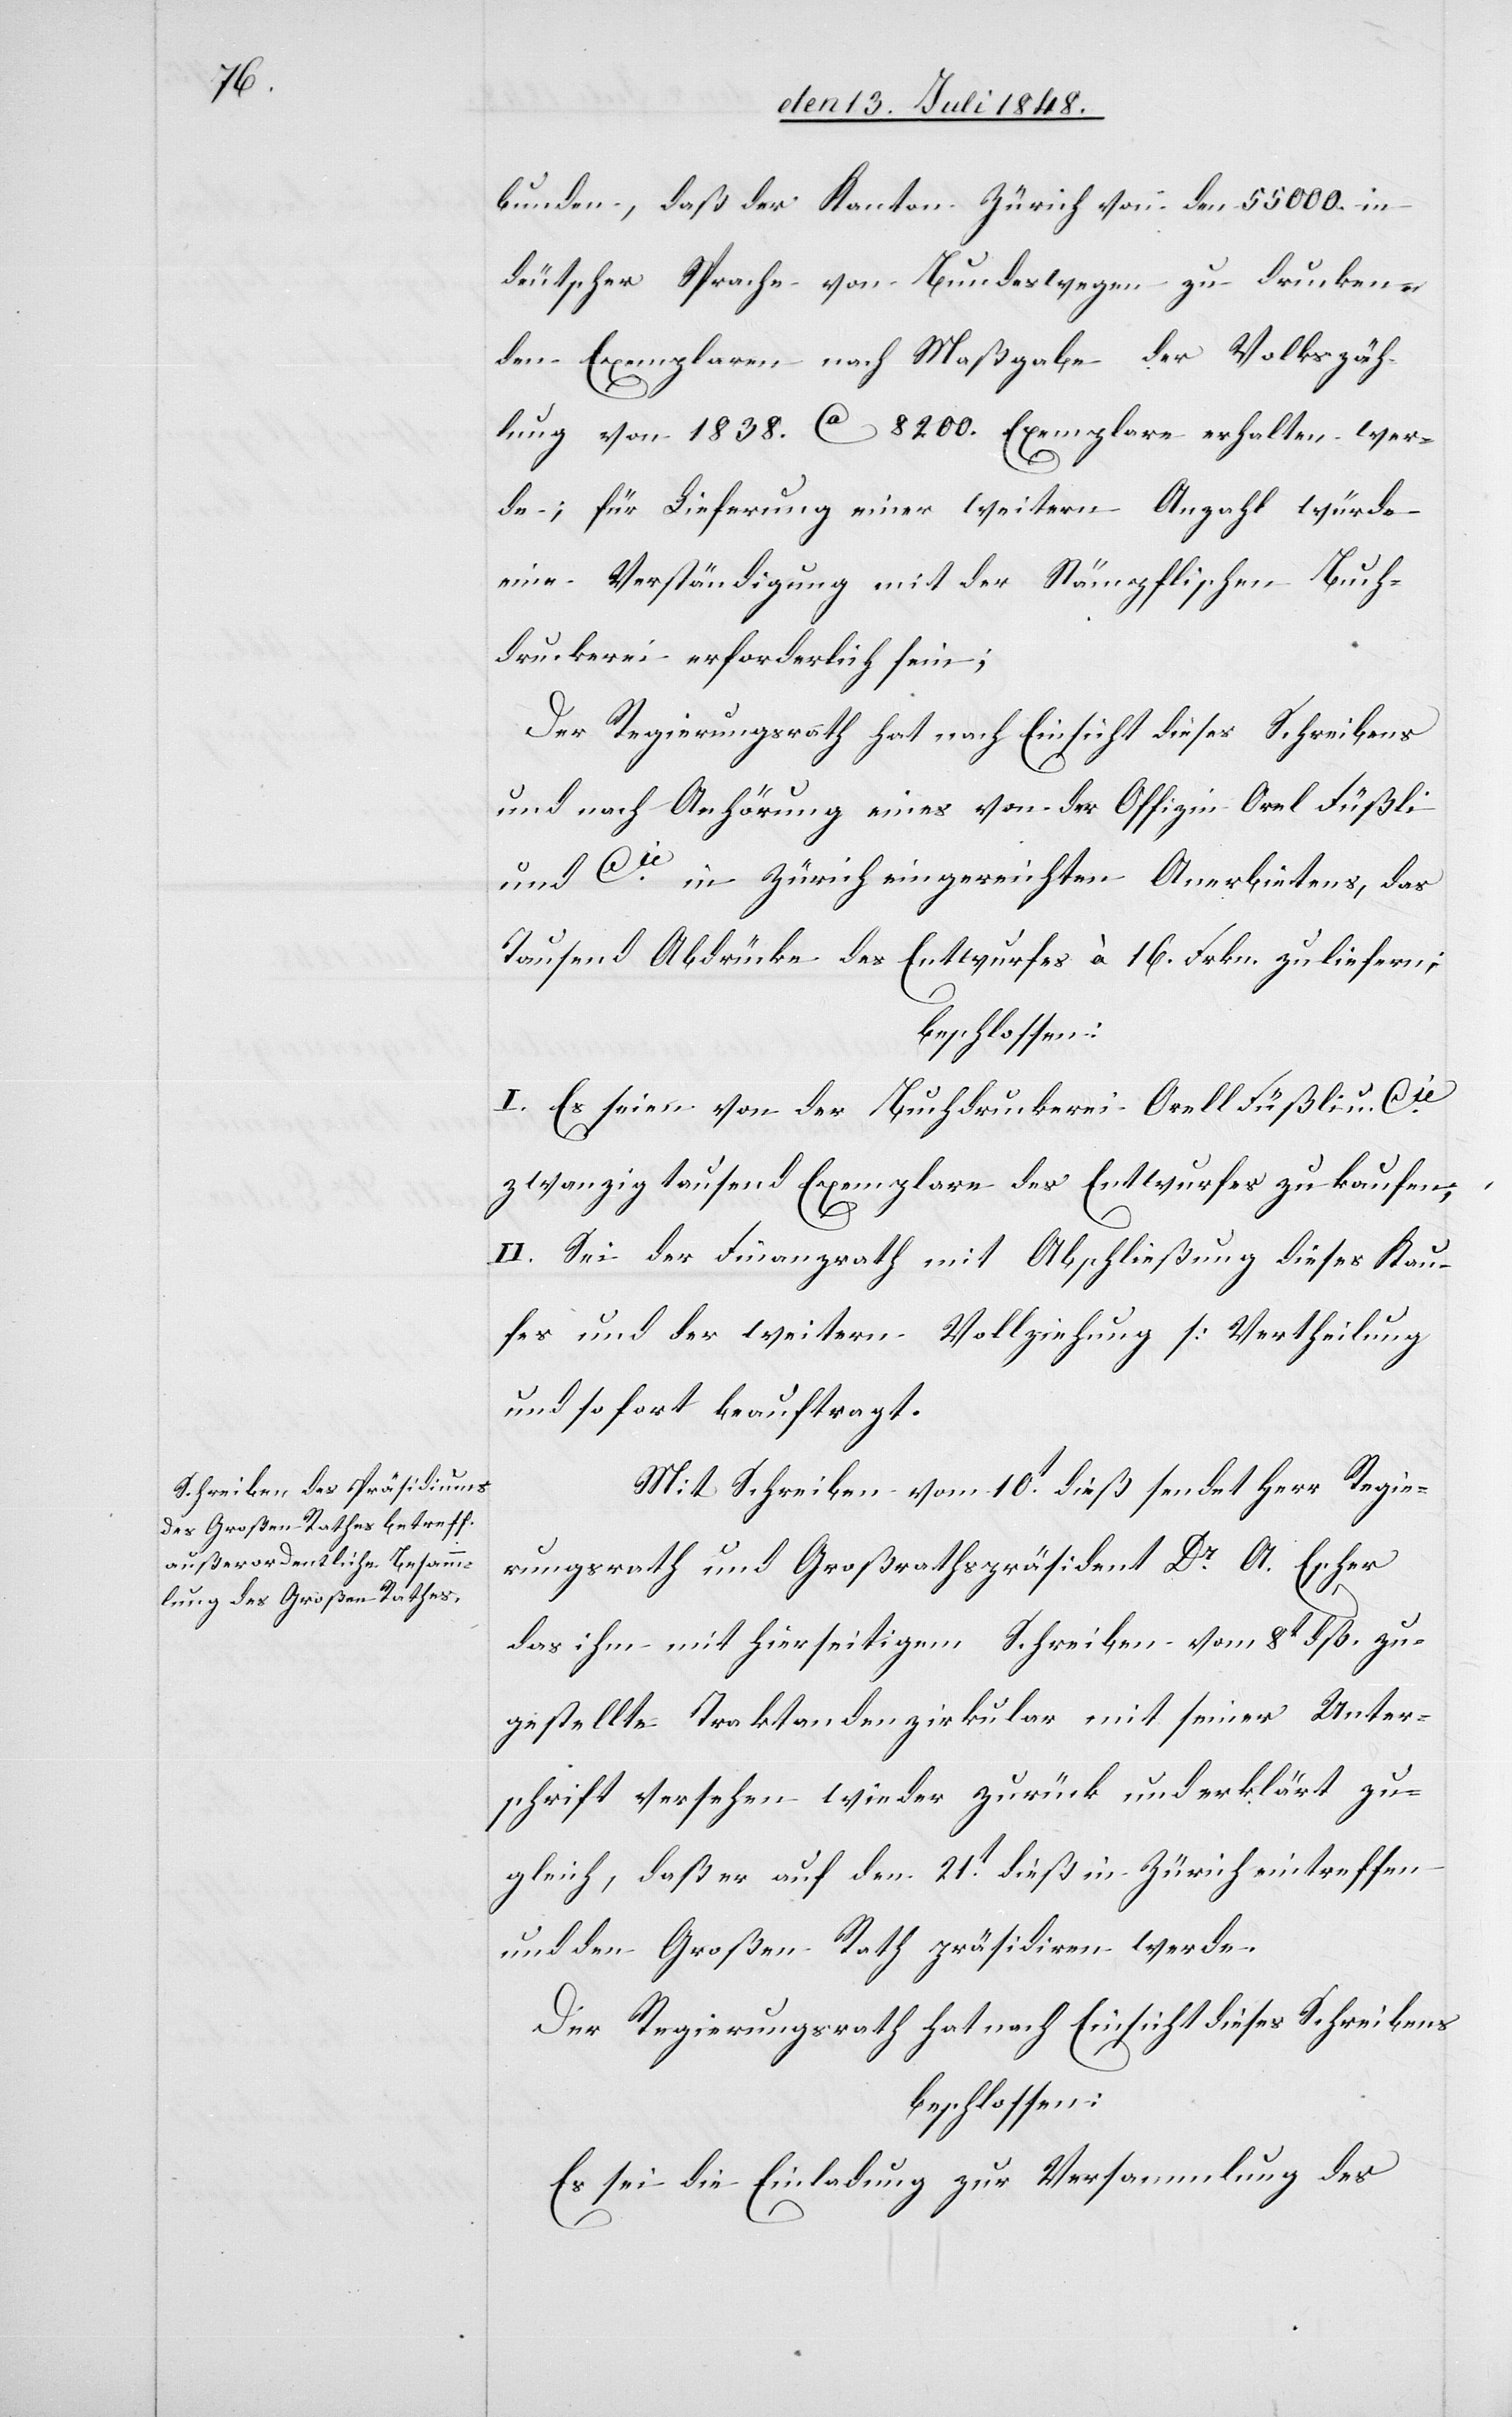
bunden, daß der Kanton Zürich von den 55000. in
deutscher Sprache von Bundeswegen zu drucken¬
den Exemplaren nach Maßgabe der Volkszäh¬
lung von 1838. ca. 8200. Exemplare erhalten wer¬
de; für Lieferung einer weitern Anzahl würde
eine Verständigung mit der Stämpflichen Buch¬
druckerei erförderlich sein.
der Regierungsrath hat nach Einsicht dieses Schreibens
und nach Anhörung eines von der Offizin Orel Füßli
und Cie in Zürich eingereichten Anerbietens, das
Tausend Abdrücke des Entwurfes à 16. Frkn. zu liefern;
beschlossen:
I. Es seien von der Buchdruckerei Orell Fußli u. Cie
zwanzigtausend Exemplare des Entwurfes zu kaufen;
II. Sei der Finanzrath mit Abschließung dieses Kau¬
fes und der weitern Vollziehung [Vertheilung
und so fort[]] beauftragt.
Mit Schreiben vom 10t dieß sendet Herr Regie¬
rungsrath und Großrathspräsident Dr A. Escher
das ihm mit hierseitigem Schreiben vom 8t dß. zu¬
gestellte Traktandenzirkular mit seiner Unter¬
schrift versehen wieder zurück und erklärt zu¬
gleich, daß er auf den 21t dieß in Zürich eintreffen
und den Großen Rath präsidiren werde.
Der Regierungsrath hat nach Einsicht dieses Schreibens
beschlossen:
Es sei die Einladung zur Versammlung des